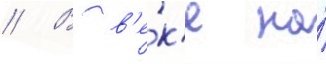
// В в'е́к'е на́